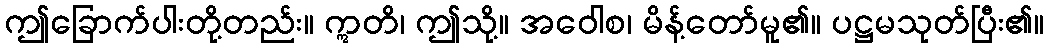
ဤခြောက်ပါးတို့တည်း။ ဣတိ၊ ဤသို့။ အဝေါစ၊ မိန့်တော်မူ၏။ ပဋ္ဌမသုတ်ပြီး၏။